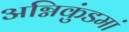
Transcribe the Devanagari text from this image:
अग्निकुंडमां